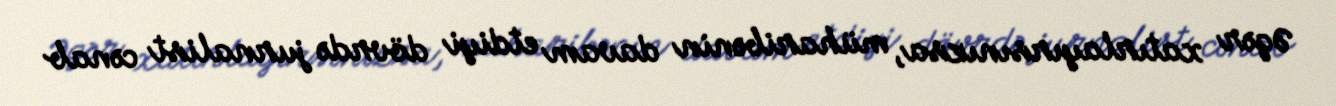
Əgər xatırlayırsınızsa, müharibənin davam etdiyi dövrdə jurnalist cənab